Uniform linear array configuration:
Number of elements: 64
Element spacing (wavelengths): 1
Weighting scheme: binomial
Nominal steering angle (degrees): -45
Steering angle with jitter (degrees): -44.731
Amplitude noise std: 0.05
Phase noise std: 0.05

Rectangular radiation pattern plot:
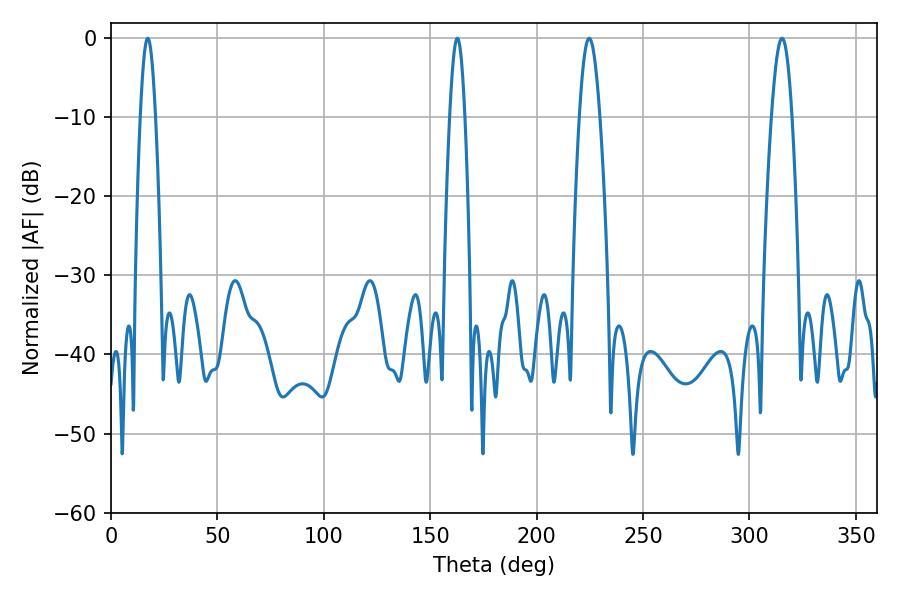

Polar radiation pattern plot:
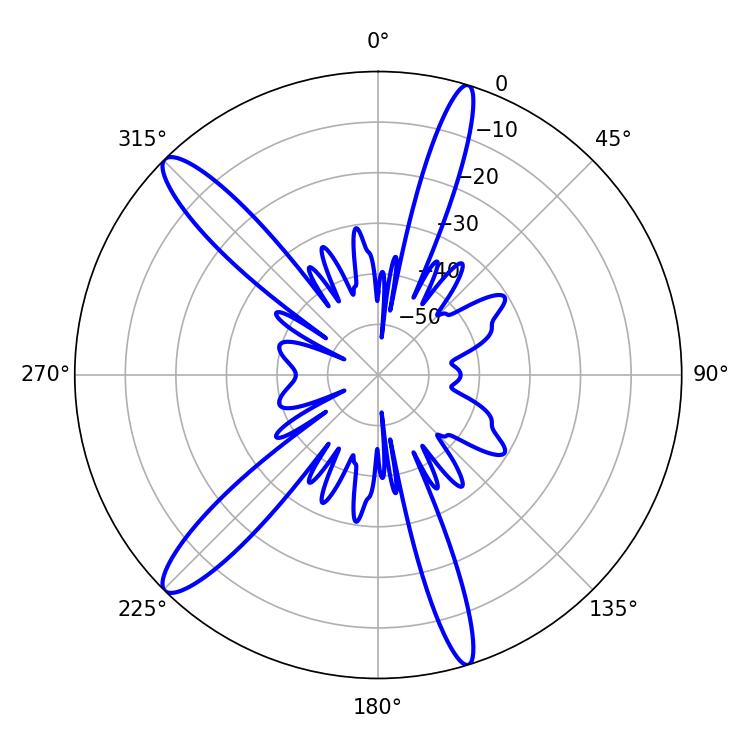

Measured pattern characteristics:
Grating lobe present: TRUE
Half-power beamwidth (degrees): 3.96
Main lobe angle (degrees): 17.28